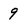
Character: 9